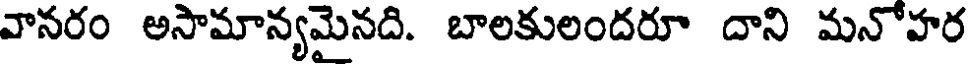
వానరం అసామాన్యమైనది. బాలకులందరూ దాని మనోహర